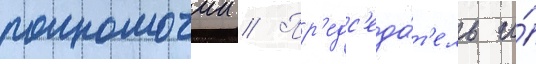
полномочии // Пр'едс'еда́т'ель и́